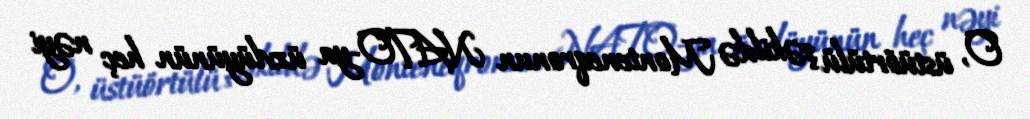
O, üstüörtülü şəkildə Monteneqronun NATO-ya üzvlüyünün heç nəyi